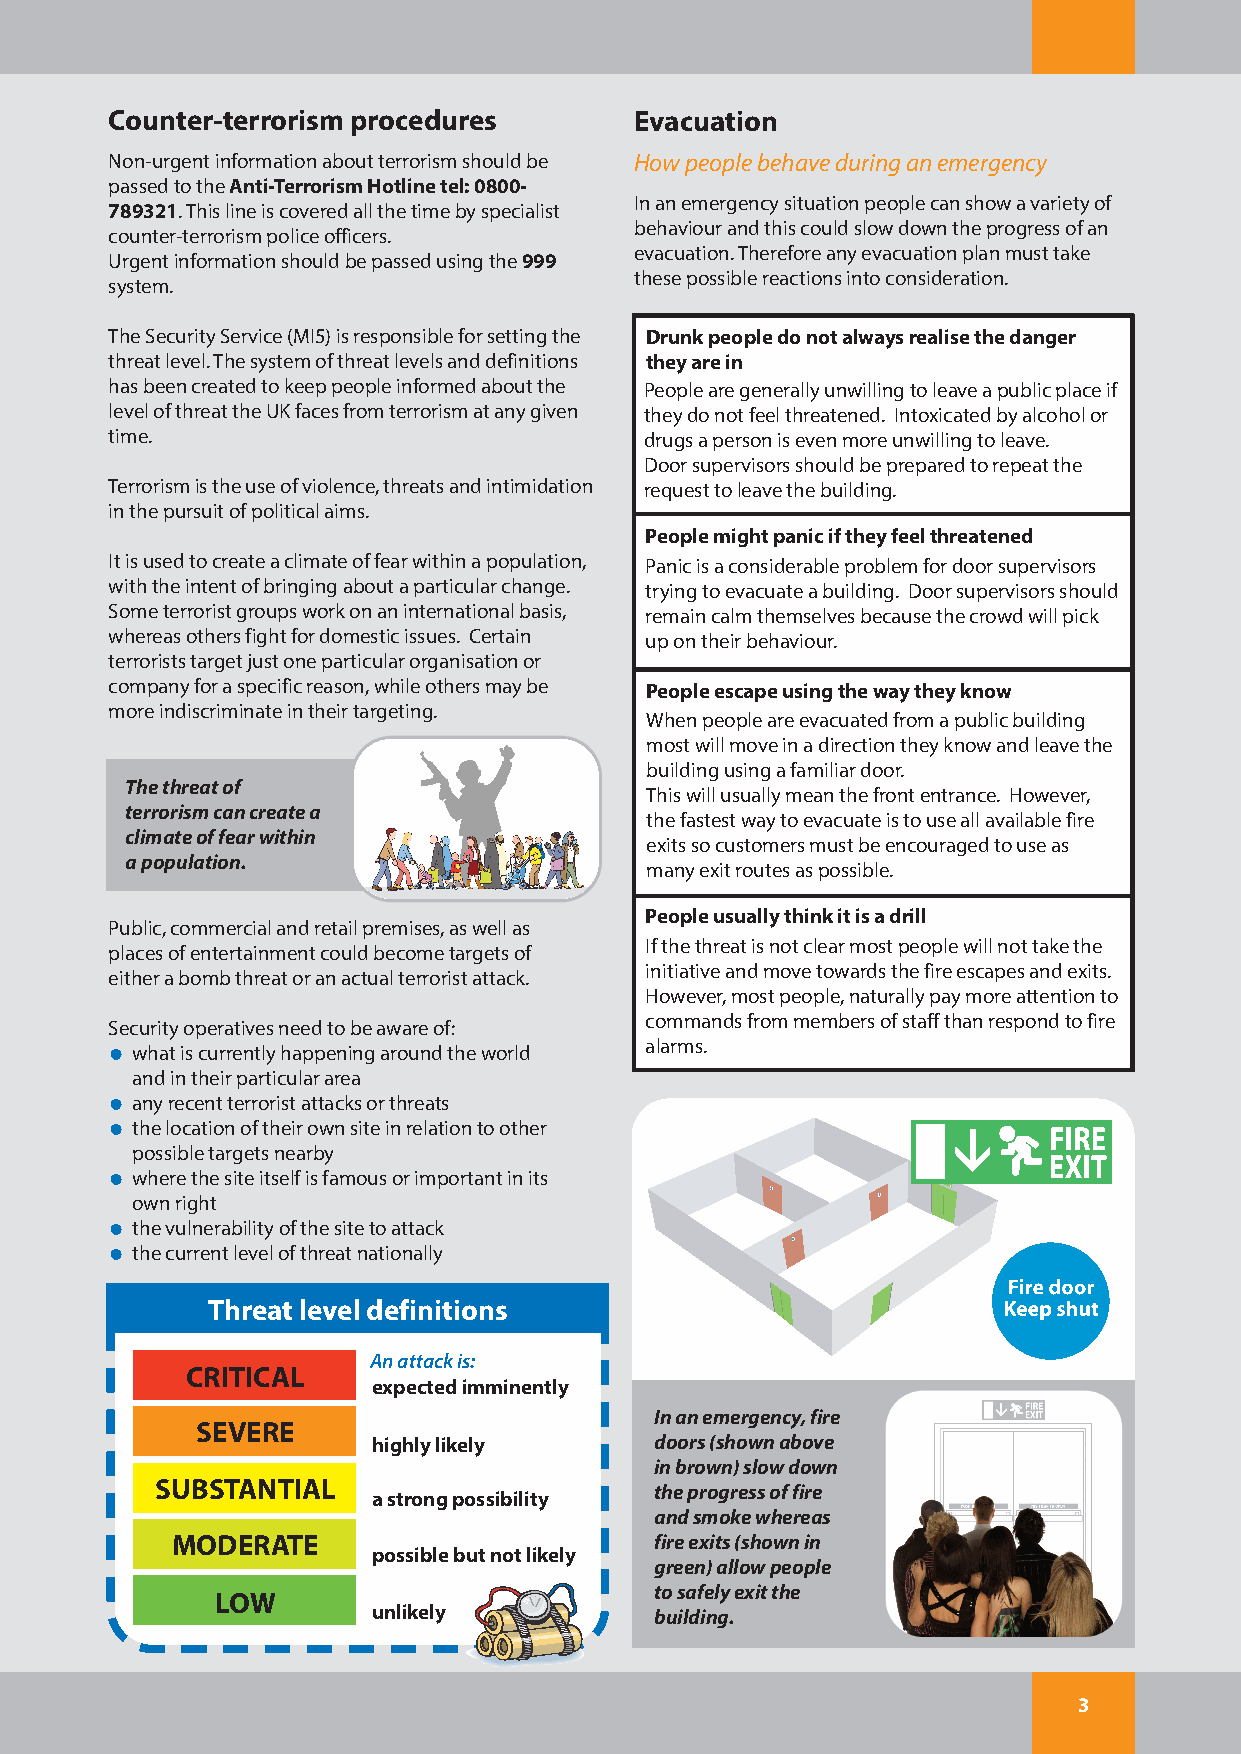
Counter-terrorism procedures       Evacuation
 Non-urgent information about terrorism should be How people behave during an emergency
 passed to the Anti-Terrorism Hotline tel: 0800-
 In an emergency situation people can show a variety of
 789321. This line is covered all the time by specialist
 behaviour and this could slow down the progress of an
 counter-terrorism police officers.
 evacuation. Therefore any evacuation plan must take
 Urgent information should be passed using the 999
 these possible reactions into consideration.
 system.
 The Security Service (MI5) is responsible for setting the Drunk people do not always realise the danger
 threat level. The system of threat levels and definitions they are in
 has been created to keep people informed about the People are generally unwilling to leave a public place if
 level of threat the UK faces from terrorism at any given they do not feel threatened. Intoxicated by alcohol or
 time.                               drugs a person is even more unwilling to leave.
 Door supervisors should be prepared to repeat the
 Terrorism is the use of violence, threats and intimidation request to leave the building.
 in the pursuit of political aims.
 People might panic if they feel threatened
 It is used to create a climate of fear within a population, Panic is a considerable problem for door supervisors
 with the intent of bringing about a particular change. trying to evacuate a building. Door supervisors should
 Some terrorist groups work on an international basis, remain calm themselves because the crowd will pick
 whereas others fight for domestic issues. Certain up on their behaviour.
 terrorists target just one particular organisation or
 company for a specific reason, while others may be People escape using the way they know
 more indiscriminate in their targeting.
 When people are evacuated from a public building
 most will move in a direction they know and leave the
 building using a familiar door.
 The threat of
 This will usually mean the front entrance. However,
 terrorism can create a
 the fastest way to evacuate is to use all available fire
 climate of fear within
 exits so customers must be encouraged to use as
 a population.
 many exit routes as possible.
 People usually think it is a drill
 Public, commercial and retail premises, as well as
 If the threat is not clear most people will not take the
 places of entertainment could become targets of
 initiative and move towards the fire escapes and exits.
 either a bomb threat or an actual terrorist attack.
 However, most people, naturally pay more attention to
 commands from members of staff than respond to fire
 Security operatives need to be aware of:
 alarms.
 what is currently happening around the world
 and in their particular area
 any recent terrorist attacks or threats
 the location of their own site in relation to other
 possible targets nearby
 where the site itself is famous or important in its
 own right
 the vulnerability of the site to attack
 the current level of threat nationally
 Threat level definitions
 An attack is:
 CRITICAL
 expected imminently
 In an emergency, fire
 SEVERE
 highly likely     doors (shown above
 in brown) slow down
 SUBSTANTIAL
 the progress of fire
 a strong possibility
 and smoke whereas
 MODERATE                        fire exits (shown in
 possible but not likely
 green) allow people
 to safely exit the
 LOW
 unlikely          building.
 3